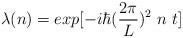
LaTeX: \begin{align*}\lambda(n) = exp[-i\hbar ({2\pi \over L})^2~n~t]\end{align*}